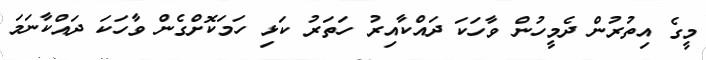
މީގެ އިތުރުން ދެމީހުން ވާހަކަ ދައްކާއިރު ހަތަރު ކަޅި ހަމަކޮށްގެން ވާހަކަ ދައްކާނަމަ